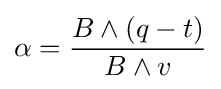
\alpha ={\frac {B\wedge (q-t)}{B\wedge v}}